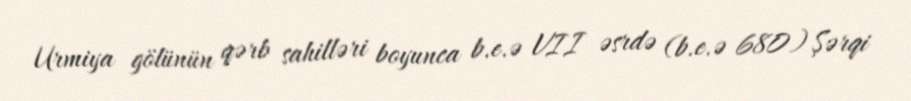
Urmiya gölünün qərb sahilləri boyunca b.e.ə VII əsrdə (b.e.ə 680) Şərqi